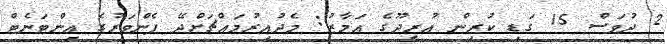
2 ދުވަސް 15 ގަޑި ކުރިން އުރީދޫގެ އަމާޒު: މެދުއިރުމައްޗަށްދޭ ފެންވަރުގެ އިންޓަނެޓް